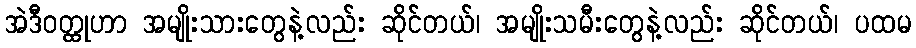
အဲဒီဝတ္ထုဟာ အမျိုးသားတွေနဲ့လည်း ဆိုင်တယ်၊ အမျိုးသမီးတွေနဲ့လည်း ဆိုင်တယ်၊ ပထမ